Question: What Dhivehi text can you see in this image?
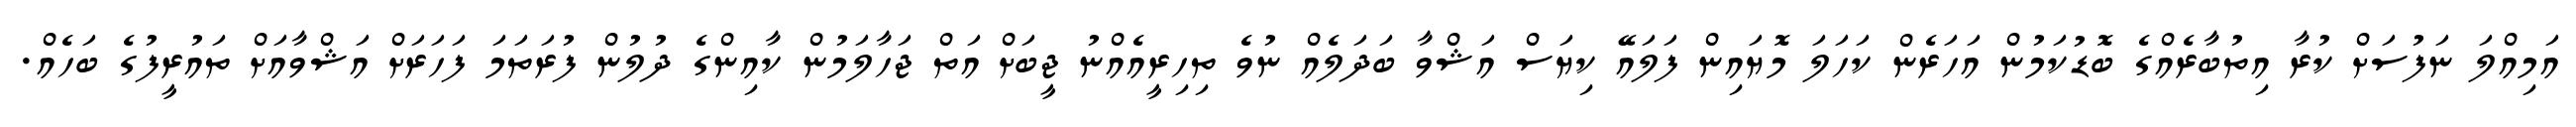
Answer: އަމިއްލަ ނަފުސަށް ކުރާ އިތުބާރެއްގެ ބޮޑުކަމުން އަހަރެން ކަހަލަ މޮޔައިން ފަލައޭ ކިޔަސް އަޝްވާ ބަދަލެއް ނުވެ ތިހިރީއެއްނު ޖީބަށް އަތް ޖަހާލަމުން ކާއިންގެ ދުލުން ފުރަތަމަ ފަހަރަށް އަޝްވާއަށް ތައުރީފުގެ ބަހެއް.